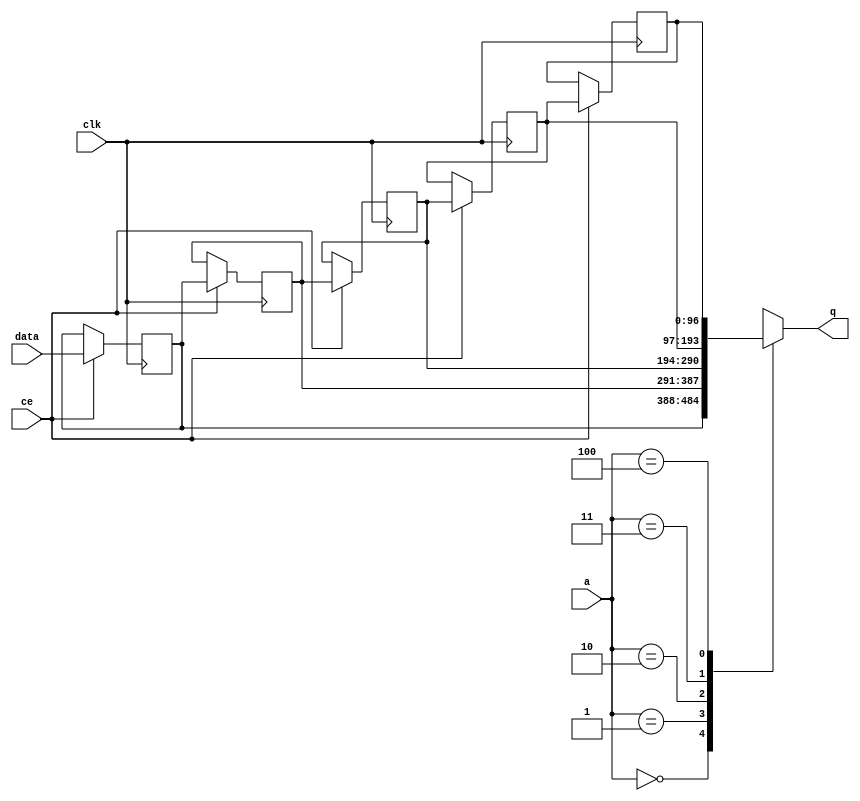
// ==============================================================
// File generated by Vivado(TM) HLS - High-Level Synthesis from C, C++ and SystemC
// Version: 2015.1
// Copyright (C) 2015 Xilinx Inc. All rights reserved.
// 
// ==============================================================


`timescale 1 ns / 1 ps

module FIFO_toe_rxEng2sLookup_req_V_shiftReg (
    clk,
    data,
    ce,
    a,
    q);

parameter DATA_WIDTH = 32'd97;
parameter ADDR_WIDTH = 32'd3;
parameter DEPTH = 32'd5;

input clk;
input [DATA_WIDTH-1:0] data;
input ce;
input [ADDR_WIDTH-1:0] a;
output [DATA_WIDTH-1:0] q;

reg[DATA_WIDTH-1:0] SRL_SIG [0:DEPTH-1];
integer i;

always @ (posedge clk)
    begin
        if (ce)
        begin
            for (i=0;i<DEPTH-1;i=i+1)
                SRL_SIG[i+1] <= SRL_SIG[i];
            SRL_SIG[0] <= data;
        end
    end

assign q = SRL_SIG[a];

endmodule

module FIFO_toe_rxEng2sLookup_req_V (
    clk,
    reset,
    if_empty_n,
    if_read_ce,
    if_read,
    if_dout,
    if_full_n,
    if_write_ce,
    if_write,
    if_din);

parameter MEM_STYLE = "shiftreg";
parameter DATA_WIDTH = 32'd97;
parameter ADDR_WIDTH = 32'd3;
parameter DEPTH = 32'd5;

input clk;
input reset;
output if_empty_n;
input if_read_ce;
input if_read;
output[DATA_WIDTH - 1:0] if_dout;
output if_full_n;
input if_write_ce;
input if_write;
input[DATA_WIDTH - 1:0] if_din;

wire[ADDR_WIDTH - 1:0] shiftReg_addr ;
wire[DATA_WIDTH - 1:0] shiftReg_data, shiftReg_q;
reg[ADDR_WIDTH:0] mOutPtr = {(ADDR_WIDTH+1){1'b1}};
reg internal_empty_n = 0, internal_full_n = 1;

assign if_empty_n = internal_empty_n;
assign if_full_n = internal_full_n;
assign shiftReg_data = if_din;
assign if_dout = shiftReg_q;

always @ (posedge clk) begin
    if (reset == 1'b1)
    begin
        mOutPtr <= ~{ADDR_WIDTH+1{1'b0}};
        internal_empty_n <= 1'b0;
        internal_full_n <= 1'b1;
    end
    else begin
        if (((if_read & if_read_ce) == 1 & internal_empty_n == 1) && 
            ((if_write & if_write_ce) == 0 | internal_full_n == 0))
        begin
            mOutPtr <= mOutPtr -1;
            if (mOutPtr == 0)
                internal_empty_n <= 1'b0;
            internal_full_n <= 1'b1;
        end 
        else if (((if_read & if_read_ce) == 0 | internal_empty_n == 0) && 
            ((if_write & if_write_ce) == 1 & internal_full_n == 1))
        begin
            mOutPtr <= mOutPtr +1;
            internal_empty_n <= 1'b1;
            if (mOutPtr == DEPTH-2)
                internal_full_n <= 1'b0;
        end 
    end
end

assign shiftReg_addr = mOutPtr[ADDR_WIDTH] == 1'b0 ? mOutPtr[ADDR_WIDTH-1:0]:{ADDR_WIDTH{1'b0}};
assign shiftReg_ce = (if_write & if_write_ce) & internal_full_n;

FIFO_toe_rxEng2sLookup_req_V_shiftReg 
#(
    .DATA_WIDTH(DATA_WIDTH),
    .ADDR_WIDTH(ADDR_WIDTH),
    .DEPTH(DEPTH))
U_FIFO_toe_rxEng2sLookup_req_V_ram (
    .clk(clk),
    .data(shiftReg_data),
    .ce(shiftReg_ce),
    .a(shiftReg_addr),
    .q(shiftReg_q));

endmodule